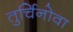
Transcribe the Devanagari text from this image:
तुर्चिनोवा